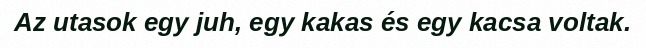
Az utasok egy juh, egy kakas és egy kacsa voltak.